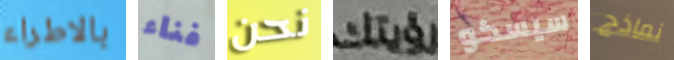
بالاطراء فناء نحن رؤيتك سيسكو نماذج